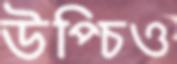
উপ্‌চিও